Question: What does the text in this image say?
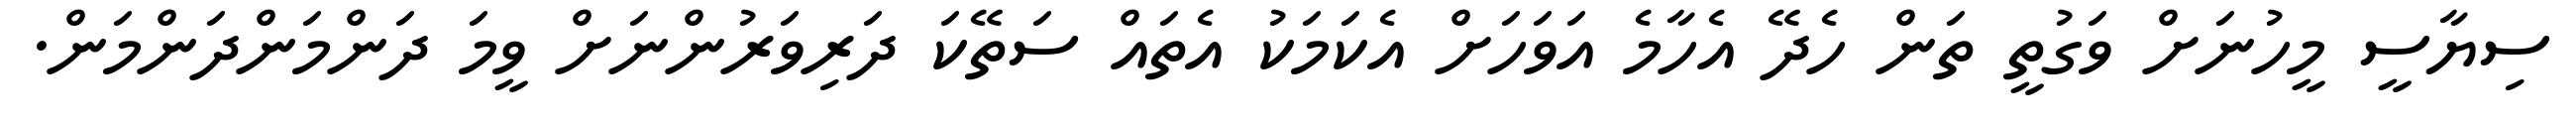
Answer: ސިޔާސީ މީހުނަށް ވަގުތީ ތަން ހެދޭ އެހާމެ އަވަހަށް އެކަމަކު އެތައް ސަތޭކަ ދަރިވަރުންނަށް ވީމަ ދަންމަންދަންމަން.